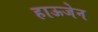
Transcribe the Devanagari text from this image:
हाऊजेन